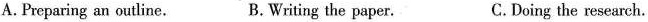
A.Preparing an outline. B.Writing the paper. C.Doing the research.